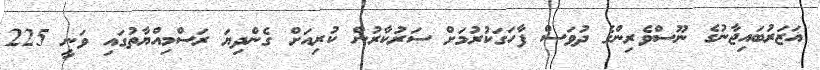
އަޒަރުބައިޖާނުގެ ނޫސްވެރިންގެ ދުވަސް ފާހަގަކުރުމަށް ސަރުކާރުން ކުރިއަށް ގެންދިޔަ ރަސްމިއްޔާތުގައި ވަނީ 225